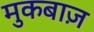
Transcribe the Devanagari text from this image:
मुकबाज़